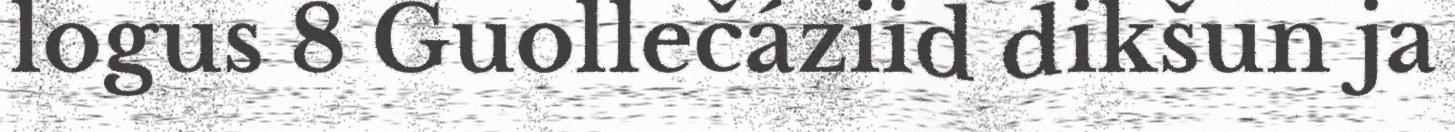
logus 8 Guollečáziid dikšun ja